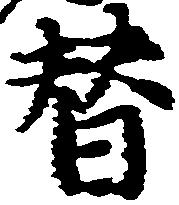
替